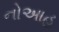
નોઆહ